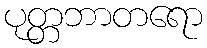
ပုတ္တဘာတရော